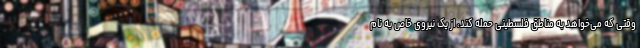
وقتی که می‌خواهد به مناطق فلسطینی حمله کند، از یک نیروی خاص به نام